Senior Leaving Certificate Examination (including Day School Certificate (Higher) General paper), 1946
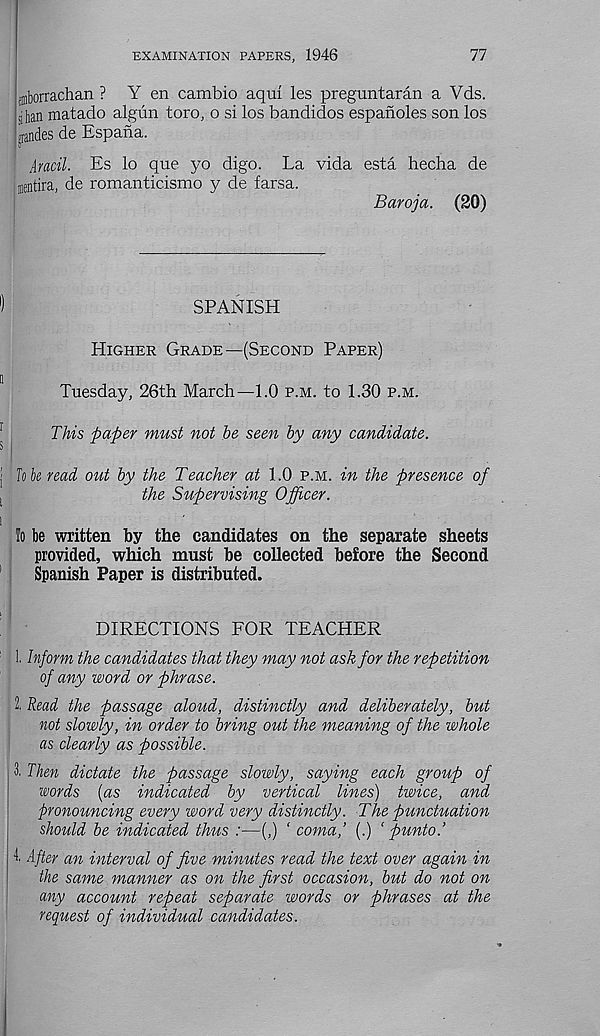
EXAMINATION PAPERS, 1946
77
gnborrachan ? Y en cambio aqui les preguntaran a Yds.
;ihan matado algun toro, o si los bandidos espanoles son los
irandes de Espana.
0
Aracil. Es io que yo digo. La vida esta hecha de
mentira, de romanticismo y de farsa.
Baroja. (20)
SPANISH
Higher Grade—(Second Paper)
Tuesday, 26th March—1.0 p.m. to 1.30 p.m.
This paper must not he seen by any candidate.
lok read out by the Teacher at 1.0 p.m. in the presence of
the Supervising Officer.
Io be written by the candidates on the separate sheets
provided, which must be collected before the Second
Spanish Paper is distributed.
DIRECTIONS FOR TEACHER
1. Inform the candidates that they may not ask for the repetition
of any word or phrase.
2. Read the passage aloud, distinctly and deliberately, but
not slowly, in order to bring out the meaning of the whole
as clearly as possible.
3. Then dictate the passage slowly, saying each group of
words [as indicated by vertical lines) twice, and
pronouncing every word very distinctly. The punctuation
should be indicated thus :—(,) ‘ coma,’ (.) ‘ punto.’
I After an interval of five minutes read the text over again in
the same manner as on the first occasion, but do not on
any account repeat separate words or phrases at the
request of individual candidates.